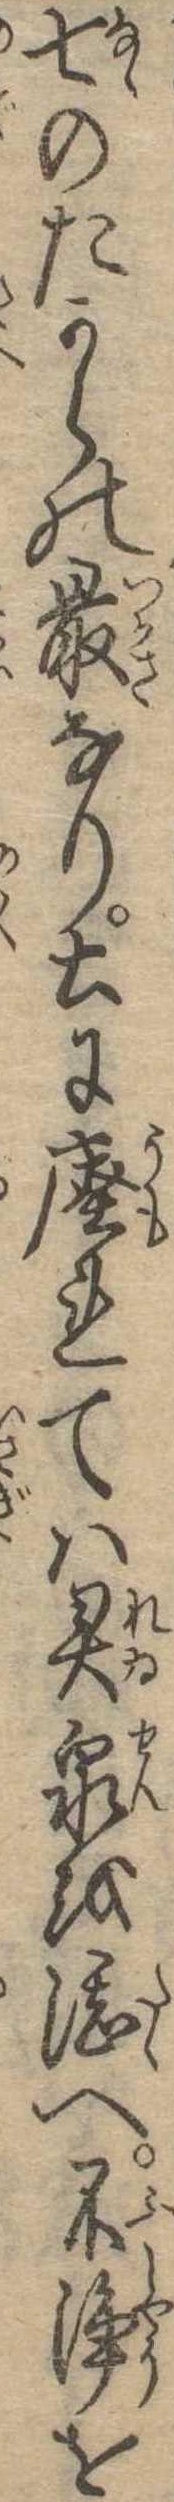
七のたからの最なり土にれては霊泉を湛へ不浄を